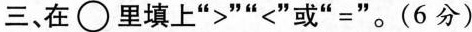
三、在○里填上”>””<”或”=”。(6分)